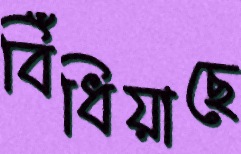
বিঁধিয়াছে